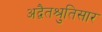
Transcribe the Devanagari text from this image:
अद्वैतश्रुतिसार